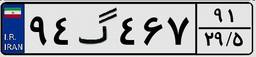
۹۴گ۴۶۷۹۱